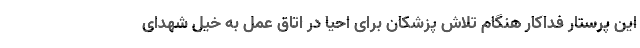
این پرستار فداکار هنگام تلاش پزشکان برای احیا در اتاق عمل به خیل شهدای